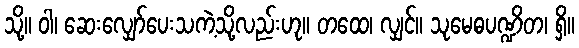
သို့။ ဝါ၊ ဆေးလျှော်ပေးသကဲ့သို့လည်းဟု။ တထေ၊ လျှင်။ သုမေဓပဏ္ဍိတ၊ ရှိ။